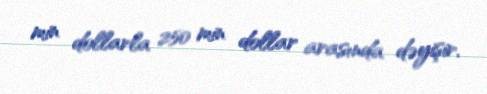
min dollarla 250 min dollar arasında dəyişir.